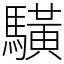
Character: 䮲